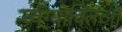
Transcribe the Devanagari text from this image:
व्यंग्योक्तिओं